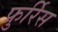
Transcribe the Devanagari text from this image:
फुर्रिेस